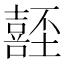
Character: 𡄂